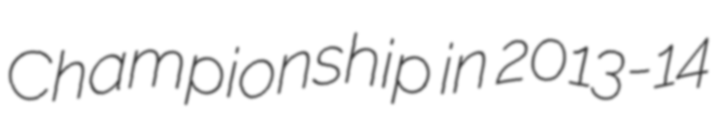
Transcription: Championship in 2013-14